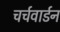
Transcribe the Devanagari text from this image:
चर्चवार्डन